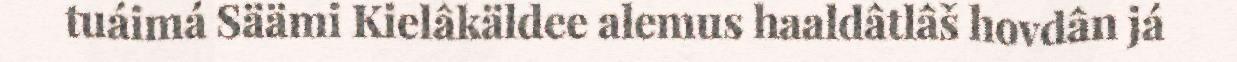
tuáimá Säämi Kielâkäldee alemus haaldâtlâš hovdân já